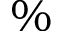
\%